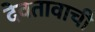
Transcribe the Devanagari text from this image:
देवतावाची